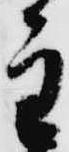
主